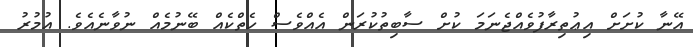
އޭނާ ކުށަށް އިޢުތިރާފުވެއްޖެނަމަ ކުށް ސާބިތުކުރަން އެއްވެސް ހެތްކެއް ބޭނުމެއް ނުވާނެއެވެ. އުމުރު